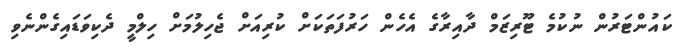
ކައުންޓަރުން ނުކުމެ ޓޫރިޒަމް ދާއިރާގެ އެހެން ހަރުފަތަކަށް ކުރިއަށް ޖެހިލުމަށް ހިލްމީ ދެކިވަޑައިގެންނެވި